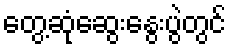
တွေ့ဆုံဆွေးနွေးပွဲတွင်